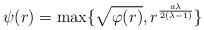
LaTeX: \begin{align*} \psi(r) = \max\{\sqrt{\varphi(r)}, r^{\frac{a\lambda}{2(\lambda-1)}}\}\end{align*}